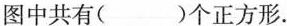
图中共有( )个正方形.